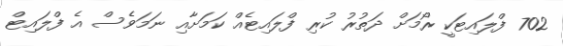
702 ފްލައިޓަކީ ރޯމަށް ދަތުރު ކުރި ފްލައިޓެއް ކަމަށާއި ނަމަވެސް އެ ފްލައިޓް